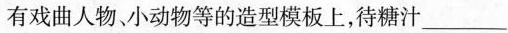
有戏曲人物小动物等的造型模板上，待糖汁_______